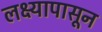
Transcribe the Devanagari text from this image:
लक्ष्यापासून